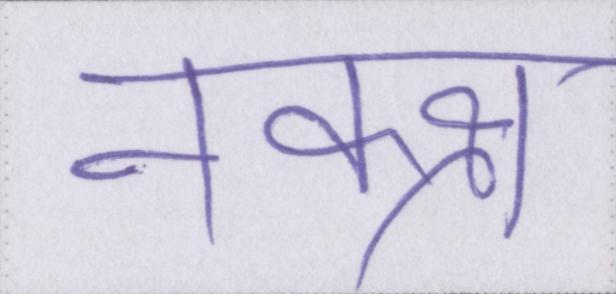
नक्क्ष